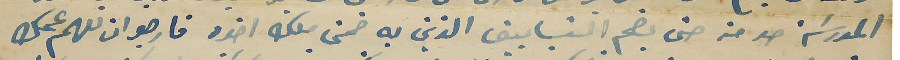
المدرسَة حد من حتى يضم الشبابيق الذين به ضمن ملك اخوه فارجو ان تعهم عمك